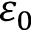
\varepsilon _ { 0 }